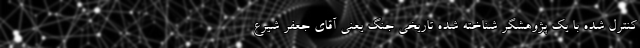
کنترل شده با یک پژوهشگر شناخته شده تاریخی جنگ یعنی آقای جعفر شیرع